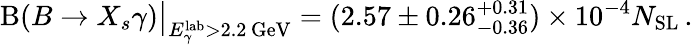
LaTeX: \mathrm{B}(B\to X_{s}\gamma)\big|_{E_{\gamma}^{\mathrm{lab}}>2.2\, \mathrm{GeV}}=(2.57\pm 0.26_{-0.36}^{+0.31})\times 10^{-4}N_{\mathrm{SL}}\, .